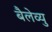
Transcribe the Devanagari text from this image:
बैलेव्यु